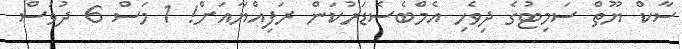
ސާކް ޔޫތް ސަމިޓުގެ ދިވެހި އެމްބެސެޑަރުކަން ރަފިއްޔާއަށް! 1 މަސް 6 ދުވަސް